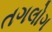
તગલોગ